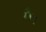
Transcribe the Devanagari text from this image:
गै।